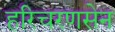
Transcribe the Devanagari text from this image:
हरिचरणसेन